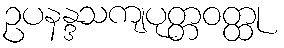
ဥပနန္ဒသကျပုတ္တဝတ္ထု